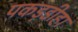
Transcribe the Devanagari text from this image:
पकड़डीहा